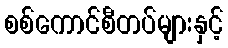
စစ်ကောင်စီတပ်များနှင့်